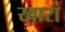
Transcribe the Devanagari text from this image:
खारां